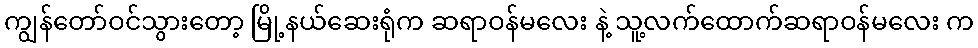
ကျွန်တော်ဝင်သွားတော့ မြို့နယ်ဆေးရုံက ဆရာဝန်မလေး နဲ့ သူ့လက်ထောက်ဆရာဝန်မလေး က